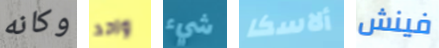
وكانه واحد شيء ألاسكا فينش